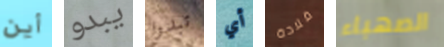
أين يبدو تبدوا أي قلادة الصهباء